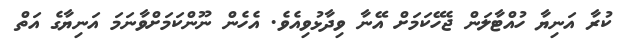
ކުރާ އަނިޔާ ހުއްޓާލަން ޖެހޭކަމަށް އޭނާ ވިދާޅުވިއެވެ. އެހެން ނޫންކަމަށްވާނަމަ އަނިޔާގެ އަތް